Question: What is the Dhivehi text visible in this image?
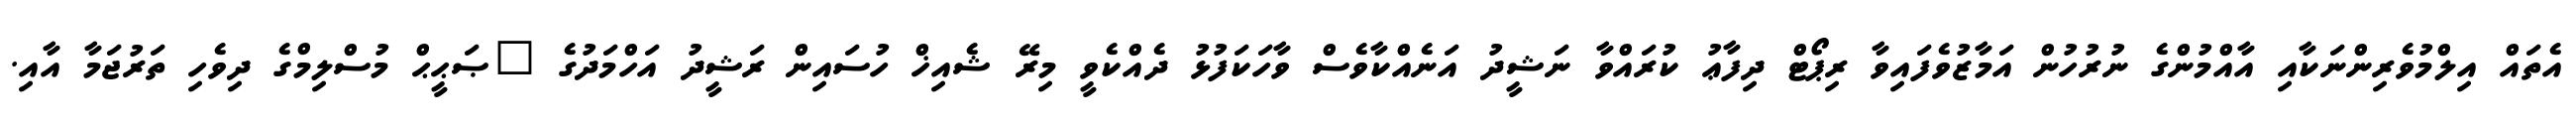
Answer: އެތައް އިލްމުވެރިންނަކާއި އާއްމުންގެ ނުރުހުން އަމާޒުވެފައިވާ ރިޕޯޓް ދިފާޢު ކުރައްވާ ނަޝީދު އަނެއްކާވެސް ވާހަކަފުޅު ދެއްކެވީ މިރޭ ޝެއިޚް ހުސައިން ރަޝީދު އަހްމަދުގެ "ޞަޙީޙް މުސްލިމްގެ ދިވެހި ތަރުޖަމާ އާއި.